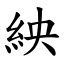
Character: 紻